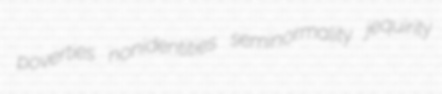
poverties nonidentities seminormality jequirity